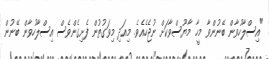
"އިސްލާހުވާން ބޭނުންވާ މީހާ މާޔޫސްވާކަށް ނުޖެހެއެވެ. މިއަދި މިވަގުތުން ފެށިގެންވެސް އިސްލާހުވާން ބޭނުން